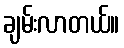
ချမ်းလာတယ်။